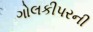
ગોલકીપરની